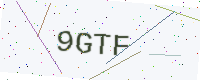
Text: 9GTF